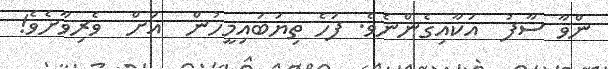
ންވާ ސާފު  އަކާއިގެންނެވެ. ފަހެ ތިޔަބައިމީހުން  އަށް  ވެރިވާށެވެ!